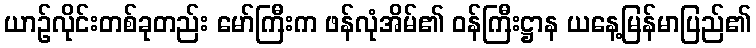
ယာဉ်လိုင်းတစ်ခုတည်း မော်ကြီးက ဖန်လုံအိမ်၏ ဝန်ကြီးဋ္ဌာန ယနေ့မြန်မာပြည်၏